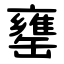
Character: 罋